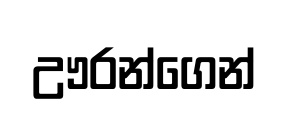
ඌරන්ගෙන්